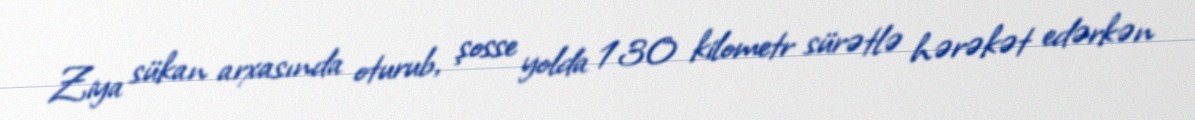
Ziya sükan arxasında oturub, şosse yolda 130 kilometr sürətlə hərəkət edərkən